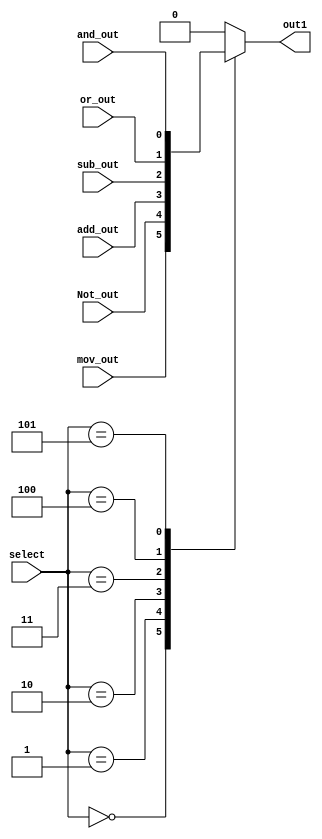
`timescale 1ns / 1ps
//////////////////////////////////////////////////////////////////////////////////
// Company: 
// Engineer: 
// 
// Design Name: 
// Module Name:    Three_EightMux 
// Project Name: 
// Target Devices: 
// Tool versions: 
// Description: 
//
// Dependencies: 
//
// Revision: 
// Revision 0.01 - File Created
// Additional Comments: 
//
//////////////////////////////////////////////////////////////////////////////////
module Three_EightMux(out1, mov_out, Not_out, add_out,sub_out,or_out,and_out,select);
input mov_out, Not_out, add_out,sub_out,or_out,and_out;
input [2:0]select;
output reg out1;




always@(*)
begin
case(select)

3'b000: out1 = mov_out;  
3'b001: out1 = Not_out;
3'b010: out1 = add_out;
3'b011: out1 = sub_out;
3'b100: out1 = or_out;
3'b101: out1 = and_out;
default: out1 = 0;

endcase
end


endmodule